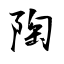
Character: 陶